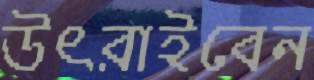
উৎরাইবেন